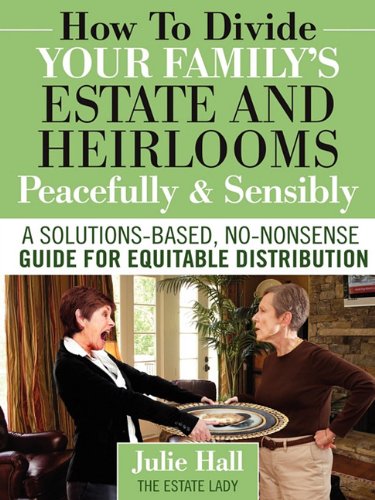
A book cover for How to Divide Your Family's Estate and Heirlooms Peacefully and Sensibly; Julie Hall; Parenting & Relationships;